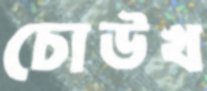
চোউখ